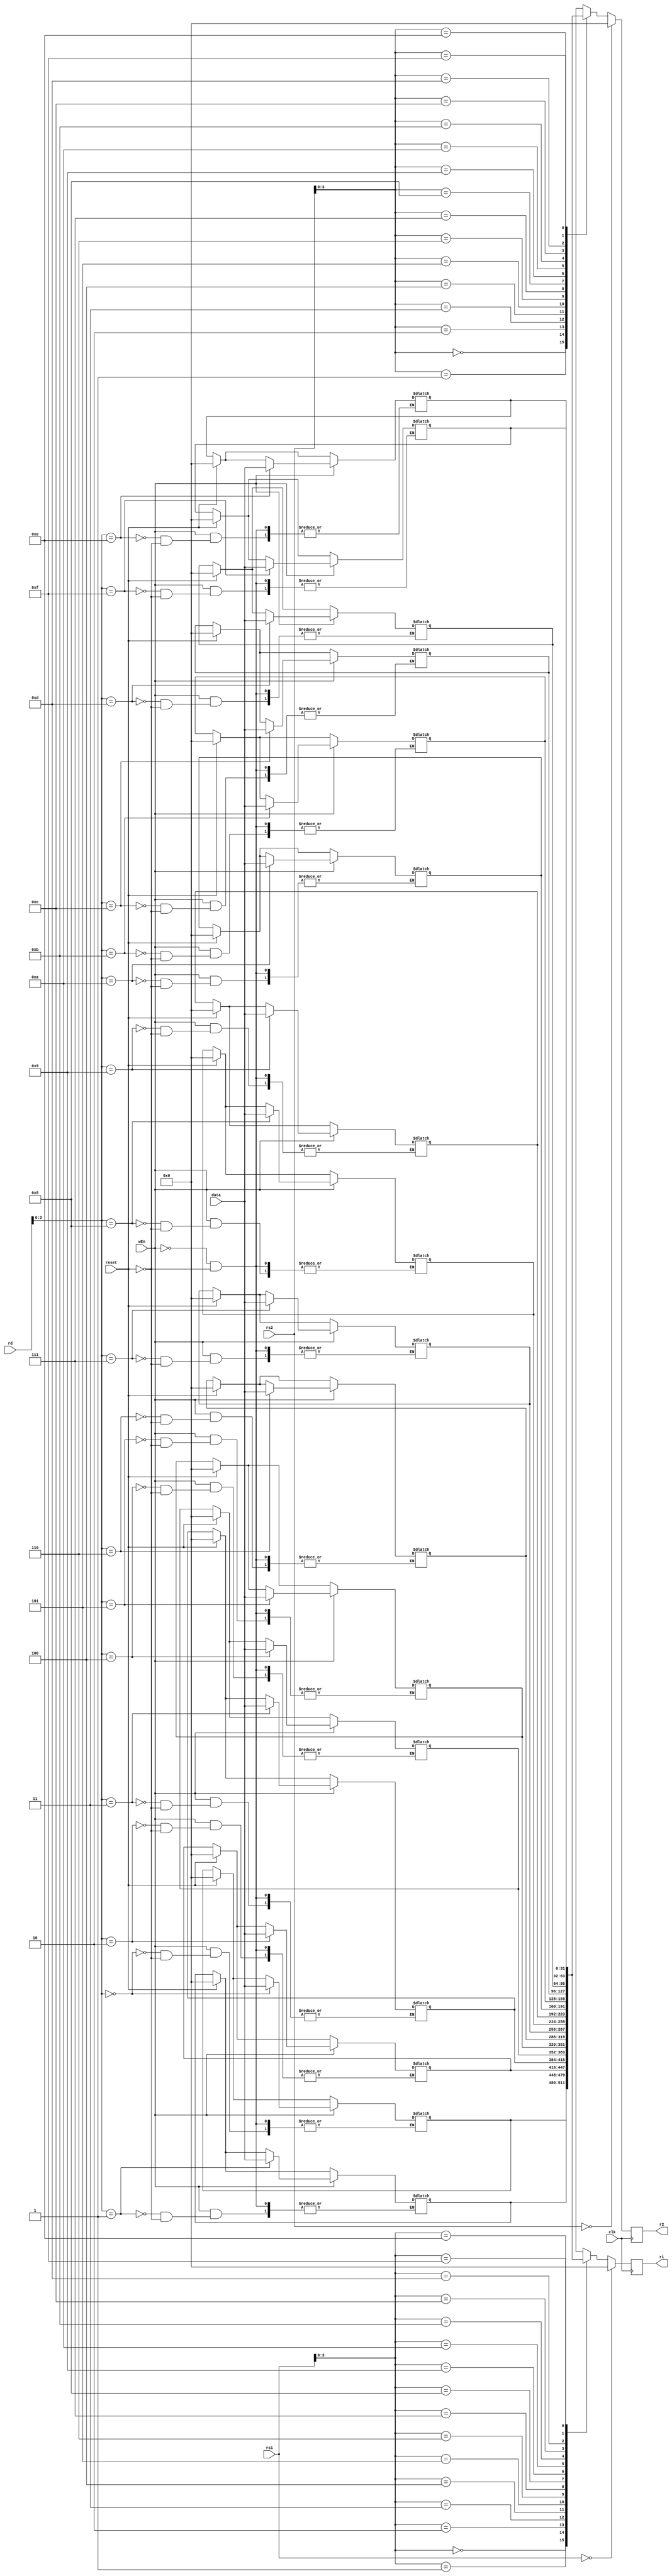
module bancoRegistrador(clk,reset,rs1, rs2, data, rd, wEn, r1, r2);
	parameter XLEN=32;
	parameter AMOUNT=16;
	parameter ADDRESSLEN=5;

	input [ADDRESSLEN-1:0] rs1, rs2, rd;
	input wEn, reset;
	input [XLEN-1:0] data;

	input clk;

	output reg [XLEN-1:0] r1, r2;

	reg [XLEN-1:0] registers [AMOUNT-1:0];

	always @* begin
		if (reset) begin
			registers[0]  <= 0;
			registers[1]  <= 0;
			registers[2]  <= 0;
			registers[3]  <= 0;
			registers[4]  <= 0;
			registers[5]  <= 0;
			registers[6]  <= 0;
			registers[7]  <= 0;
			registers[8]  <= 0;
			registers[9]  <= 0;
			registers[10] <= 0;
			registers[11] <= 0;
			registers[12] <= 0;
			registers[13] <= 0;
			registers[14] <= 0;
			registers[15] <= 0;
		end
		if (wEn) registers[rd] <= data;
	end
	always @(negedge clk) begin
		if (rs1 == 0)
			r1 <= 'b0;
		else
			r1 <= registers[rs1];
		if (rs2 == 0)
			r2 <= 'b0;
		else
			r2 <= registers[rs2];
	end
endmodule